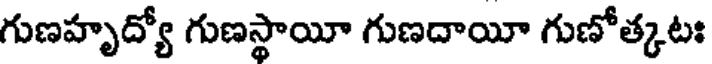
గుణహృద్యో గుణస్థాయీ గుణదాయీ గుణోత్కటః